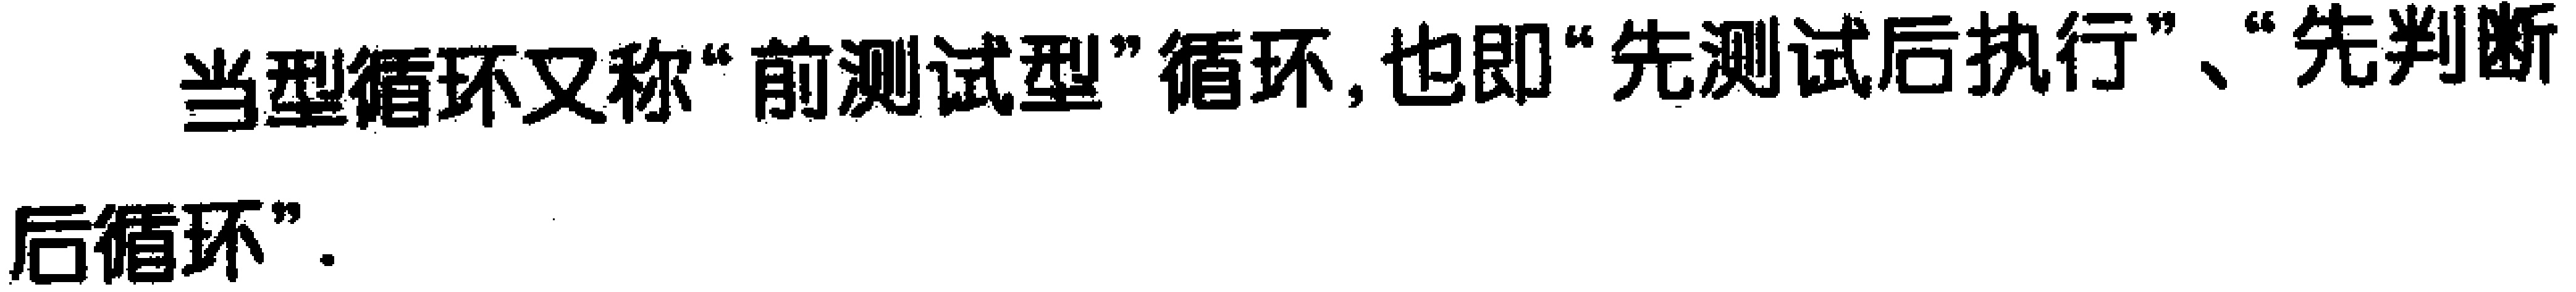
当型循环又称“前测试型”循环, 也即“先测试后执行”、“先判断后循环”.